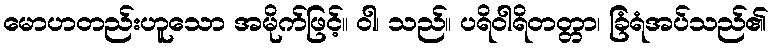
မောဟတည်းဟူသော အမိုက်ဖြင့်။ ဝါ၊ သည်။ ပရိဝါရိတတ္တာ၊ ခြံရံအပ်သည်၏